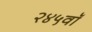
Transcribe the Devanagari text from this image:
२४५वॉ